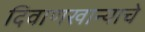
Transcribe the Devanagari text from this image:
दिवाणखान्याचे